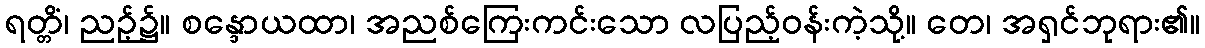
ရတ္တိံ၊ ညဉ့်၌။ စန္ဒောယထာ၊ အညစ်ကြေးကင်းသော လပြည့်ဝန်းကဲ့သို့။ တေ၊ အရှင်ဘုရား၏။